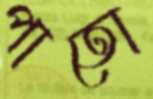
পাতো